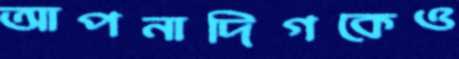
আপনাদিগকেও